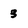
Character: 3